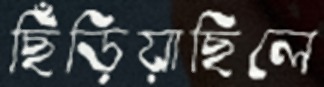
ছিঁড়িয়াছিলে